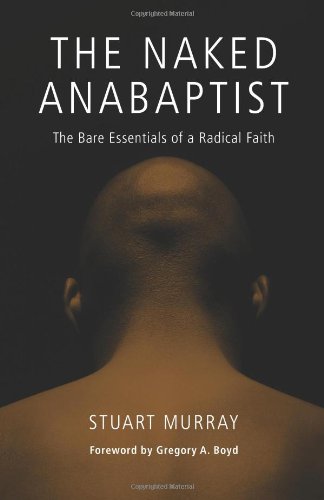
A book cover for The Naked Anabaptist: The Bare Essentials of a Radical Faith (Third Way Collection); Stuart Murray; Christian Books & Bibles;